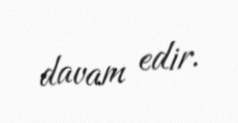
davam edir.